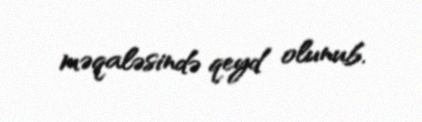
məqaləsində qeyd olunub.